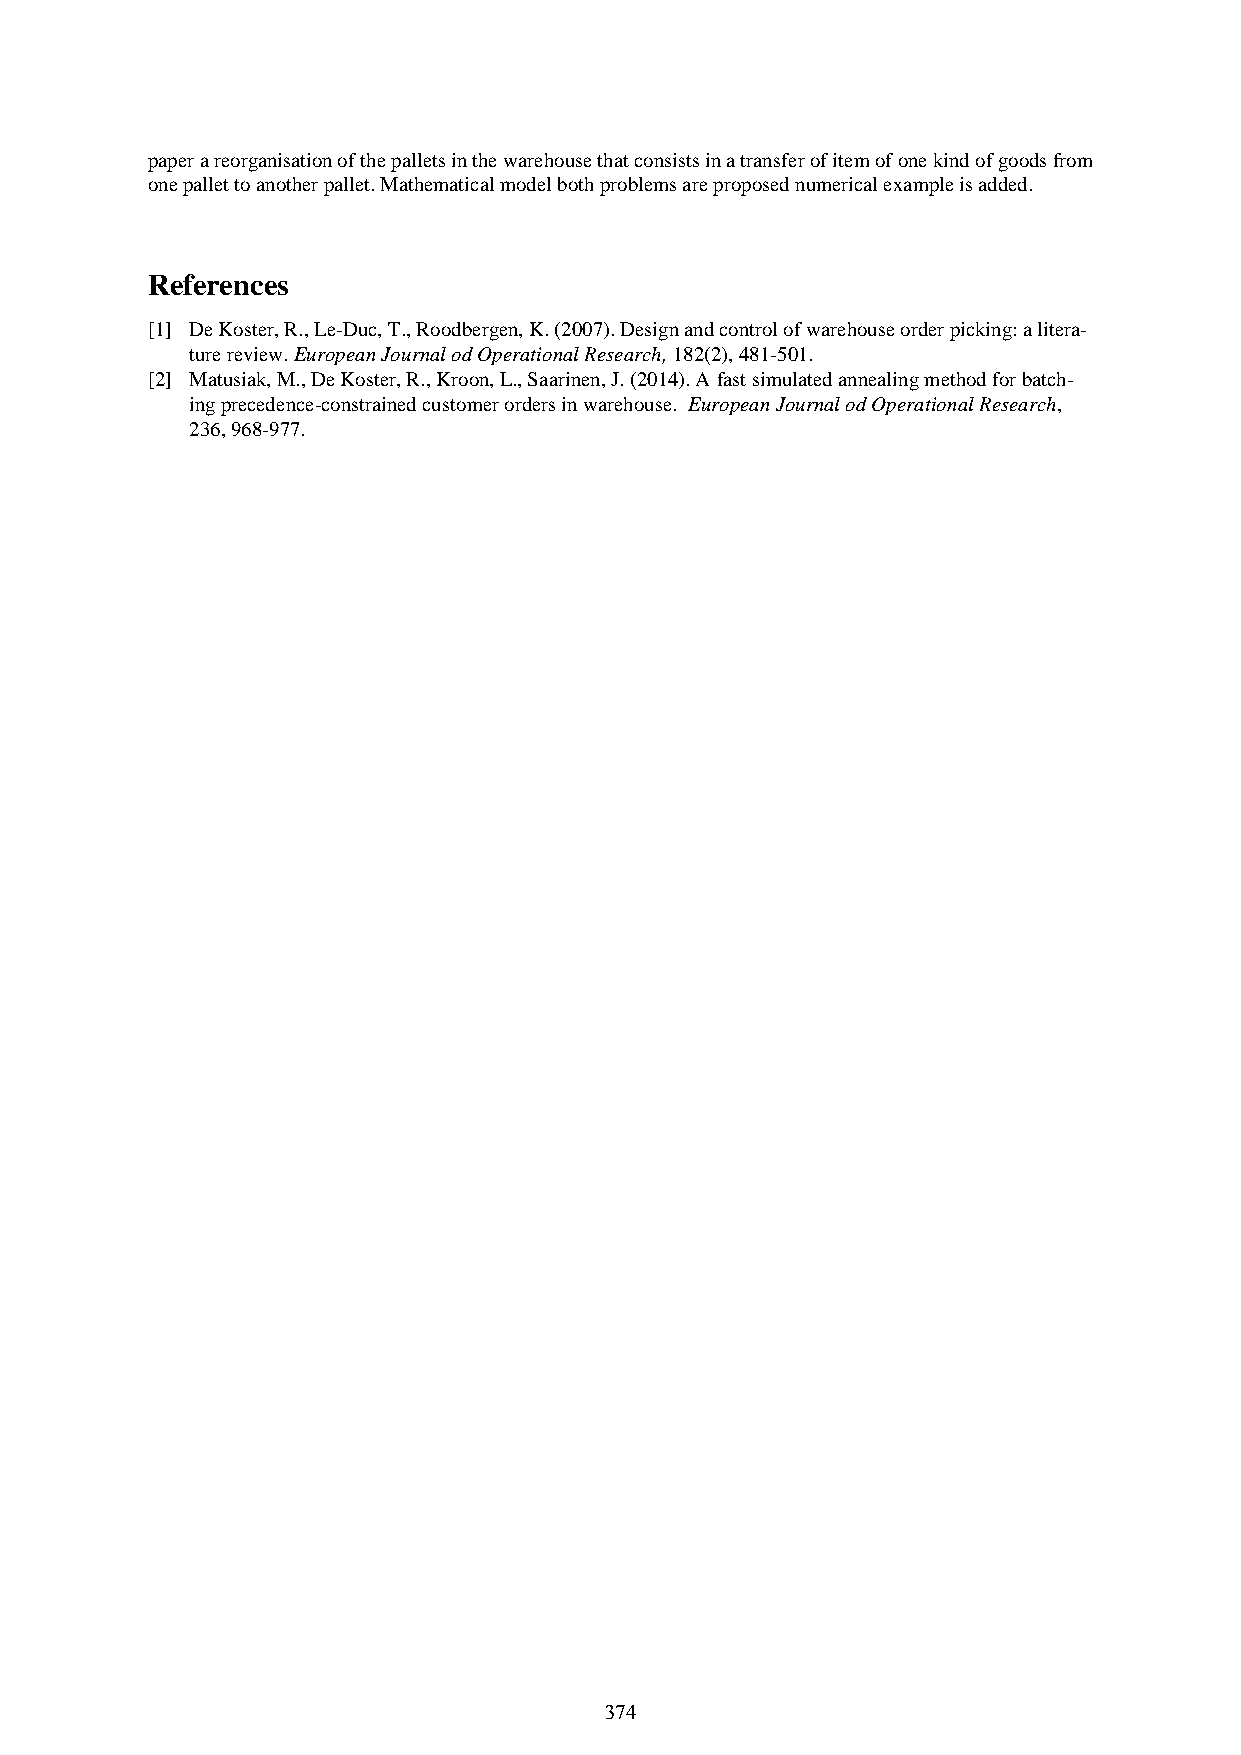
paper a reorganisation of the pallets in the warehouse that consists in a transfer of item of one kind of goods from
 one pallet to another pallet. Mathematical model both problems are proposed numerical example is added.
 References
 [1] De Koster, R., Le-Duc, T., Roodbergen, K. (2007). Design and control of warehouse order picking: a litera-
 ture review. European Journal od Operational Research, 182(2), 481-501.
 [2] Matusiak, M., De Koster, R., Kroon, L., Saarinen, J. (2014). A fast simulated annealing method for batch-
 ing precedence-constrained customer orders in warehouse. European Journal od Operational Research,
 236, 968-977.
 374